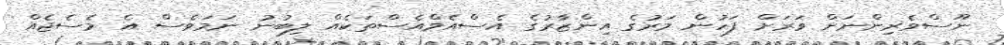
ނޫސްވެރިންނަށް ވަރަށް ފަހުން މަރުގެ އިންޒާރުގެ އެސްއެމްއެސްތަކެއް ލިބުނު ނަމަވެސް އެ މެސެޖެއް